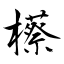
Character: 櫒